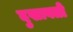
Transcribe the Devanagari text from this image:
दुखावतो